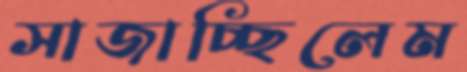
সাজাচ্ছিলেম